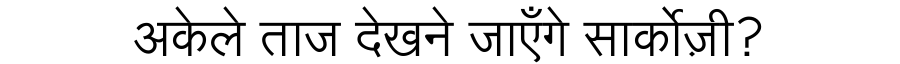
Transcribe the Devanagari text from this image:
अकेले ताज देखने जाएँगे सार्कोज़ी?